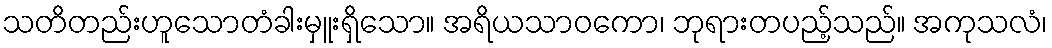
သတိတည်းဟူသောတံခါးမှူးရှိသော။ အရိယသာဝကော၊ ဘုရားတပည့်သည်။ အကုသလံ၊